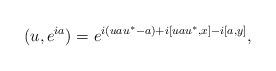
LaTeX: \begin{align*}(u,e^{ia})=e^{i(uau^*-a)+i[uau^*,x]-i[a,y]},\end{align*}